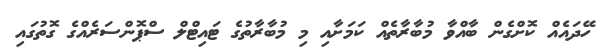
ހޭދައެއް ކޮށްގެން ބާއްވާ މުބާރާތެއް ކަމަށާއި މި މުބާރާތުގެ ޓައިޓްލް ސްޕޮންސަރެއްގެ ގޮތުގައި